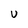
Character: U